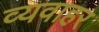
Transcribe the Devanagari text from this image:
व्यवाहर